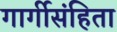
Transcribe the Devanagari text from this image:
गार्गीसंहिता